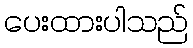
ပေးထားပါသည်